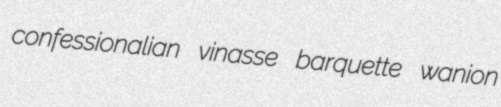
confessionalian vinasse barquette wanion